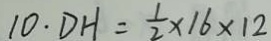
1 0 \cdot D H = \frac { 1 } { 2 } \times 1 6 \times 1 2